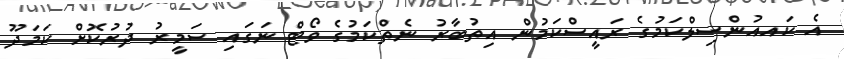
އެ ކައއުންސިލްކަމުގެ ރައީސްކަމުން އިތުބާރު ނެތްކަމުގެ ވޯޓް ނަގައި ސަމީރު ދުރުކޮށް ކަމަދޫ